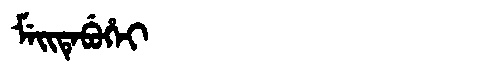
Manchu: ᠮᡝᡳᡨᡝᠪᡠᡥᡝᡳ
Romanization: MEITEBUHEI